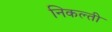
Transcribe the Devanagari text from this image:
निकल्ती